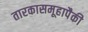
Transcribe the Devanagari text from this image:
तारकासमूहापैकी